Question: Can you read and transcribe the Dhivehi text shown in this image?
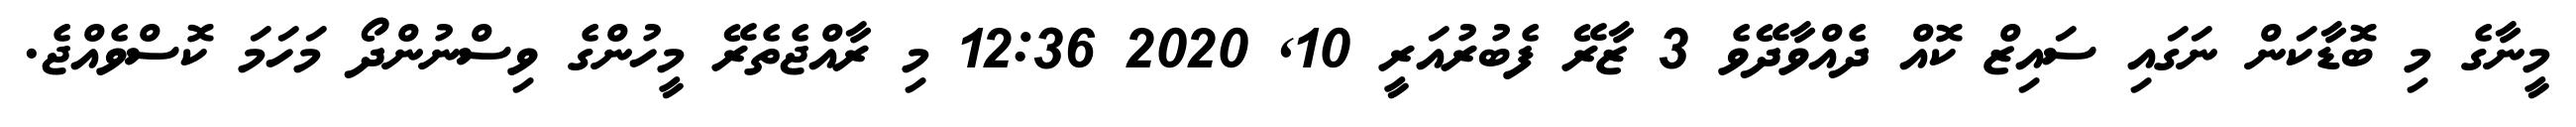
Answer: މީނާގެ މި ބޮޑާކަން ނަގައި ސައިޒް ކޮއް ދެއްވާދޭވެ 3 ޒާރޭ ފެބުރުއަރީ 10, 2020 12:36 މި ރާއްޖެތެރޭ މީހުންގެ ވިސްނުންދޯ މަހަމަ ކޮސްވެއްޖެ.